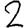
Digit: 2